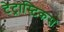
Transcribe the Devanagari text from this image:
टेट्रास्टिकस